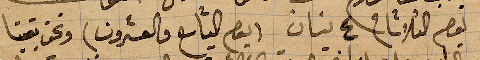
يوم الثلثا في ٤ نيسان (يم التاسع والعشرون) ونحن بقينا